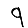
Digit: 9